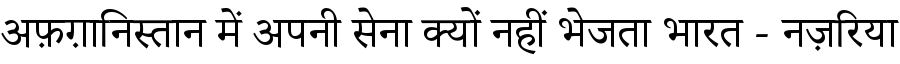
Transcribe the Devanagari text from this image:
अफ़ग़ानिस्तान में अपनी सेना क्यों नहीं भेजता भारत - नज़रिया